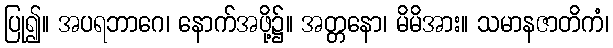
ပြု၍။ အပရဘာဂေ၊ နောက်အဖို့၌။ အတ္တနော၊ မိမိအား။ သမာနဇာတိကံ၊